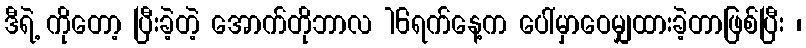
ဒီရဲ့ ကိုတော့ ပြီးခဲ့တဲ့ အောက်တိုဘာလ 16ရက်နေ့က ပေါ်မှာဝေမျှထားခဲ့တာဖြစ်ပြီး ၊